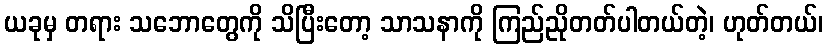
ယခုမှ တရား သဘောတွေကို သိပြီးတော့ သာသနာကို ကြည်ညိုတတ်ပါတယ်တဲ့၊ ဟုတ်တယ်၊